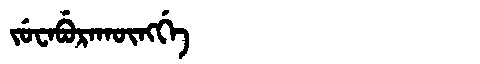
Manchu: ᠵᡠᠸᠠᠪᡠᡵᠠᡴᡡᠩᡤᡝ
Romanization: JUWABURAKŪNGGE